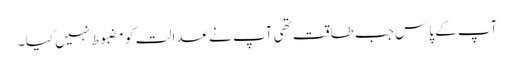
آپ کے پاس جب طاقت تھی آپ نے عدالت کو مضبوط نہیں کیا ۔